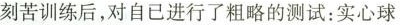
刻苦训练后，对自己进行了粗略的测试：实心球